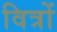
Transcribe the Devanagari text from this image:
वित्रों